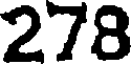
278